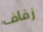
زفاف